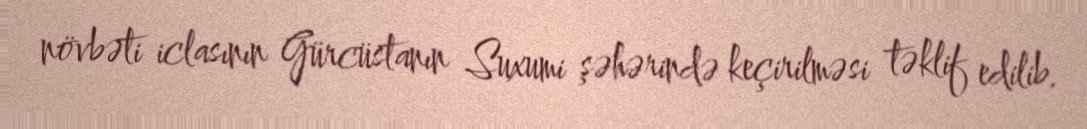
növbəti iclasının Gürcüstanın Suxumi şəhərində keçirilməsi təklif edilib.